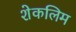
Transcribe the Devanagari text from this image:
शेकलिम